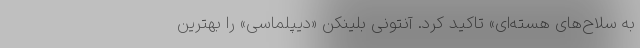
به سلاح‌های هسته‌ای» تاکید کرد. آنتونی بلینکن «دیپلماسی» را بهترین